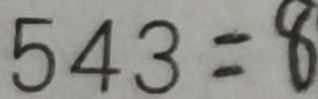
5 4 3 = 8